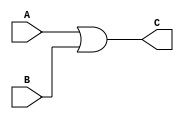
module prim_or(A,B,C);
input A,B;
output reg C;

always @(A or B) begin
	C=A | B;
end
endmodule